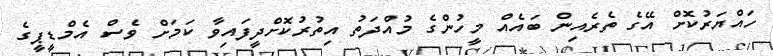
ހައްޔަރުކޮށް އޭގެ ތެރެއިން ބައެއް މީހުންގެ މުއްދަތު އިތުރުކޮށްދީފައިވާ ކަމަށް ވެސް އެމްޑީޕީގެ